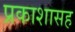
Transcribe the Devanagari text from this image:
प्रकाशासह